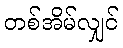
တစ်အိမ်လျှင်